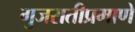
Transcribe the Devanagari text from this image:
गुजरातीप्रमाणे